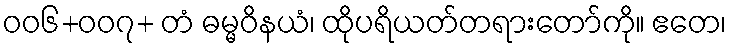
၀၀၆+၀၀၇+ တံ ဓမ္မဝိနယံ၊ ထိုပရိယတ်တရားတော်ကို။ ဧတေ၊